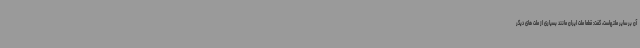
آن بر سایر ملتهاست، گفت: قطعا ملت ایران مانند بسیاری از ملت های دیگر